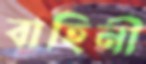
বাহিনী